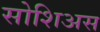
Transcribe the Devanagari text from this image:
सोशिअस